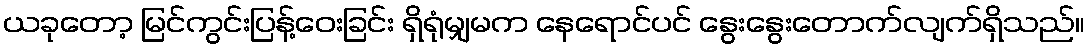
ယခုတော့ မြင်ကွင်းပြန့်ဝေးခြင်း ရှိရုံမျှမက နေရောင်ပင် နွေးနွေးတောက်လျက်ရှိသည်။